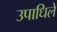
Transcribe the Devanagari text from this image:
उपाधिले